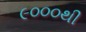
૯૦૦૦થી